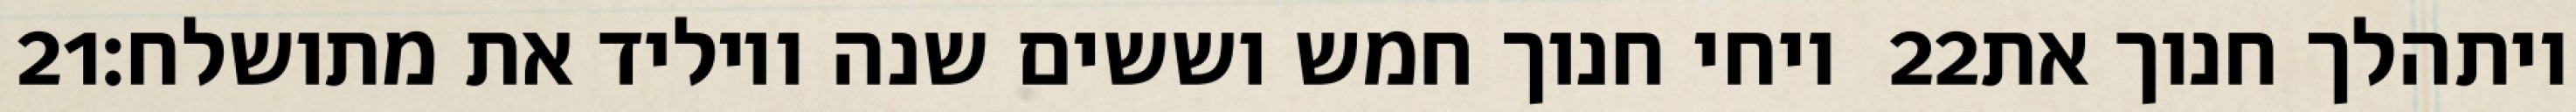
‎21‏ ויחי חנוך חמש וששים שנה ויוליד את מתושלח׃ ‎22‏ ויתהלך חנוך את